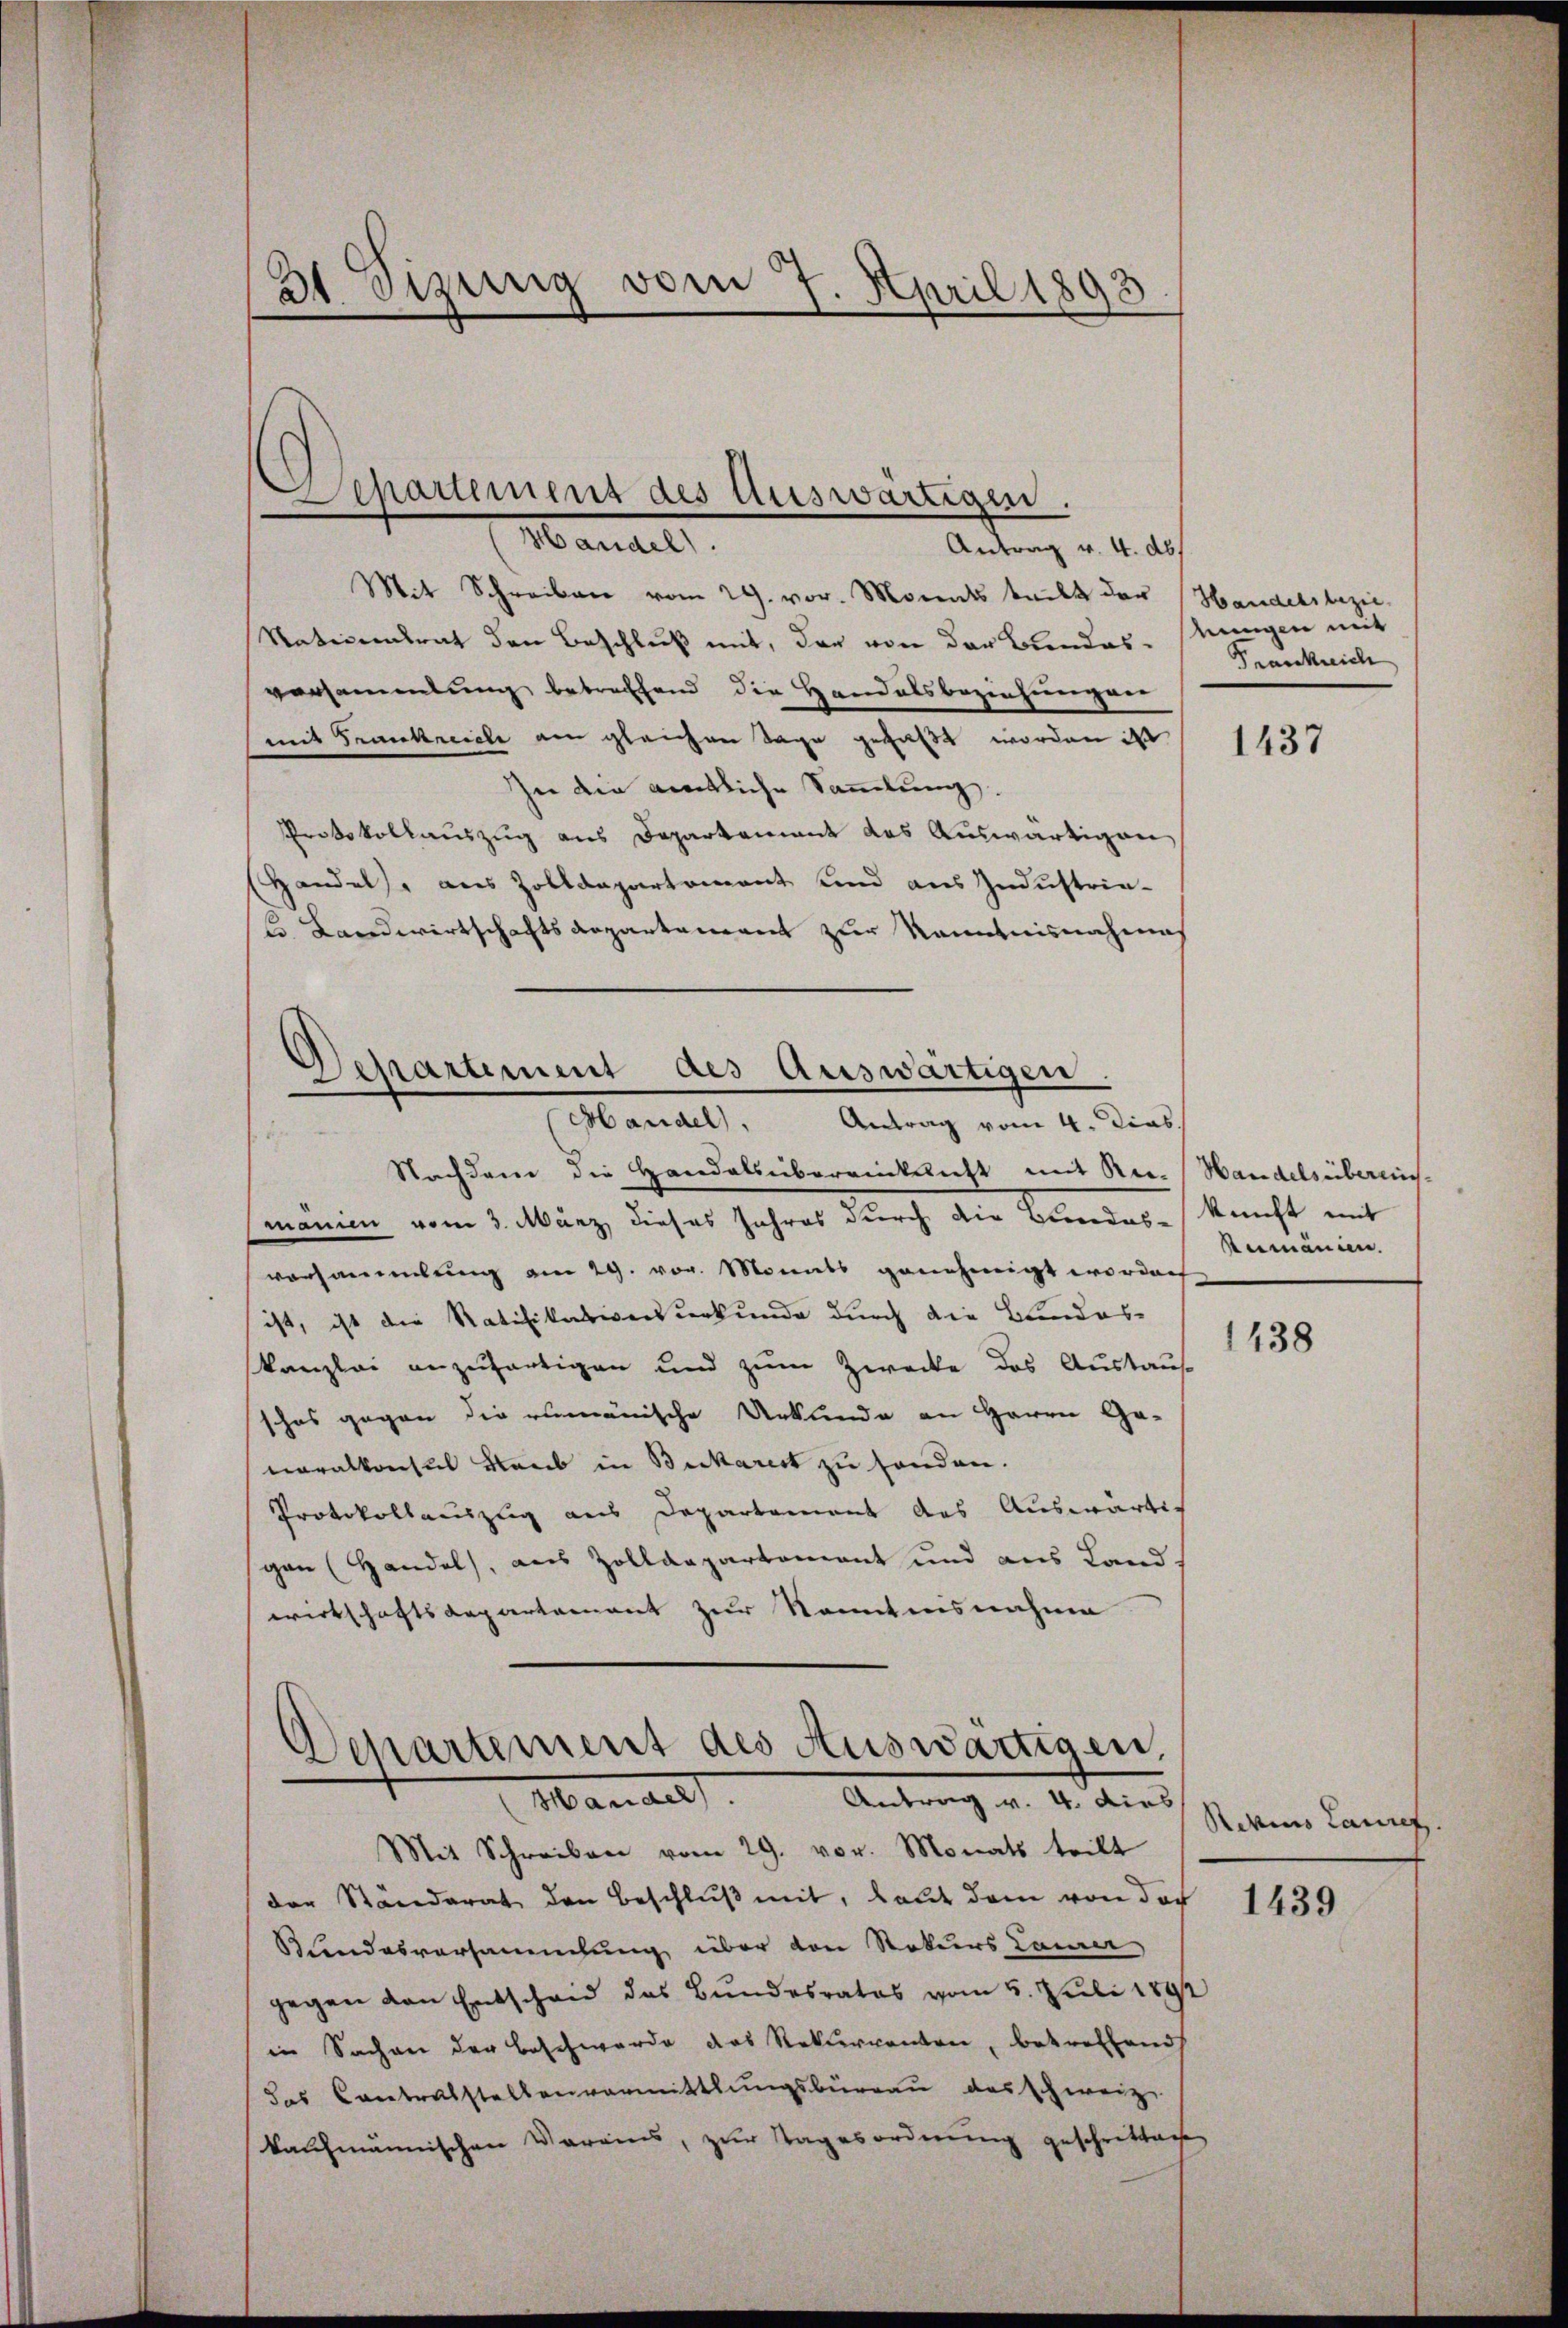
31 Dizung vom 7. April 1893

Departement des Auswärtigen.
Handel
Antrag v. 4. ds.

Mit Schreiben vom 29. vor. Monats teilt der Handelsbezie-
Nationalrat den Beschluß mit, der von der Bundes- ungen mit
versammlung betreffend die Handelsbeziehungen
mit Frankreiche am gleichen Tage gefaßt worden ist
In die amtliche Sammlung.
Protokollauszug aus Departement des Auswärtigen,
Handels, aus Zolldepartement und aus Industria-
u Landwirtschaftsdepartement zur Kenntnisnahmes

Departement des Auswärtigen.
Mandel, Antrag vom 4. Dias.

Nachdem die Handelsüberrücksicht mit Rer-Handelsüberein-
manien vom 3. März dieses Jahres durch die Bundes-
vorsammlung am 29. vor. Monats genehmigt worden
ist, ist die Ratifikationsurkunde durch die Bundes-
kanzlei anzufertigen und zum Zwecke des Austaus
schos gegen die rumänische Urkunde an Herrn Ge-
neralkonsul Blaub in Bickarist zu handen.
Protokollauszug aus Departement des Auswärtig
gen (Handel, aus Zolldepartement und aus Land
wirtschaftsdepartement zur Sonntensnahme

Departement des Auswärtigen,
(Mandel. Antrag v. 4. dies

Mit Schreiben vom 29. vor. Monats tritt
der Ständerat den Beschluß mit, baut dem von der
Lindesversammlung über den Rekurs Laner
gegen den Entscheid das Bundesrates vom 5. Juli 1892
in Sachen der Beschwerde das Rekurrenten, betreffend
das Contralstellenvermittlungsbüreau das schweiz.
kaufmännischen Vereins, zur Tagesordnung geschritten

Frankreich

1437

kunft mit
Rumänien.

1438

Rezius Lauref.

1439